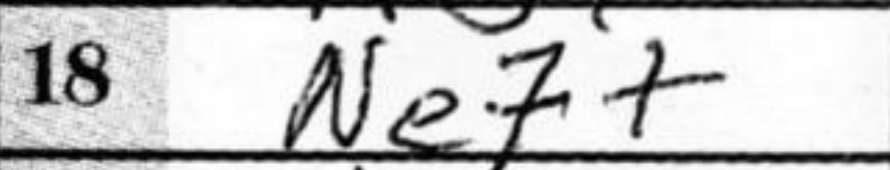
Transcription: Ne7+